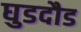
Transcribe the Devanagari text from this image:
घुडदौड